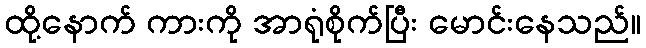
ထို့နောက် ကားကို အာရုံစိုက်ပြီး မောင်းနေသည်။